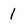
Character: 1